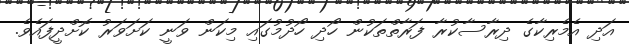
އަދި އެމެރިކާގެ ދިރާސާކުރާ ފަރާތްތަކުން ހޯދި ހޯދުމުގައި މިކަން ވަނީ ކަށަވަރު ކޮށްދީފައެވެ.